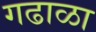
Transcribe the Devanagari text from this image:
गढाळा